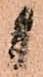
候